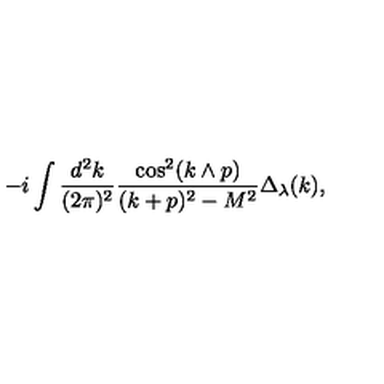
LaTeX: - i \int \frac { d ^ { 2 } k } { ( 2 \pi ) ^ { 2 } } \frac { \cos ^ { 2 } ( k \wedge p ) } { ( k + p ) ^ { 2 } - M ^ { 2 } } \Delta _ { \lambda } ( k ) ,